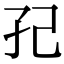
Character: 𭒼